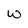
Character: w